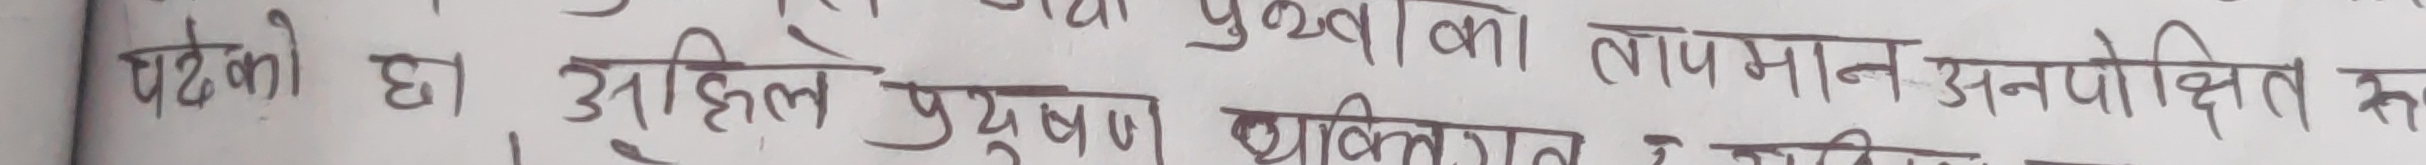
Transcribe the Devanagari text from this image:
पछिको छ । अहिले प्रदूषणले पृथ्वीको तापमान अनापेक्षित रुपमा